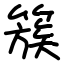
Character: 簇